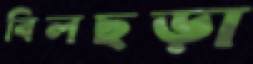
বিলছড়া